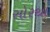
સોરથા